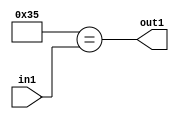
`timescale 1ps / 1ps
/*****************************************************************************
    Verilog RTL Description
    
    
    Created by: Stratus DpOpt 21.05.01 
*******************************************************************************/

module dut_Equal_1U_69_1 (
	in1,
	out1
	); /* architecture "behavioural" */ 
input [5:0] in1;
output  out1;
wire  asc001;

assign asc001 = (11'B00000110101==in1);

assign out1 = asc001;
endmodule

/* CADENCE  urb2Qgs= : u9/ySxbfrwZIxEzHVQQV8Q== ** DO NOT EDIT THIS LINE ******/